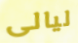
ليالى